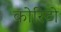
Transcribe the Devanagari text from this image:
कोरिटो